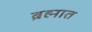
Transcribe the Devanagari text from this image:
ब्रह्मात